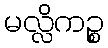
မလ္လိကဉ္စ